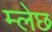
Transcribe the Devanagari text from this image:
म्लेछ